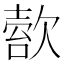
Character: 𣣿